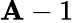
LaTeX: \mathbf{A}-1